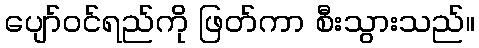
ပျော်ဝင်ရည်ကို ဖြတ်ကာ စီးသွားသည်။